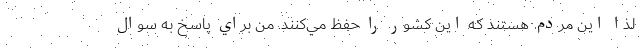
لذا اين مردم هستند كه اين كشور را حفظ مي‌كنند. من براي پاسخ به سوال